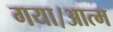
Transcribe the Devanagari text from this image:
गया।आत्म